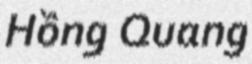
Hồng Quang